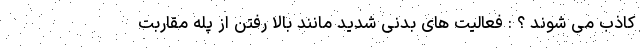
کاذب می شوند ؟ : فعالیت های بدنی شدید مانند بالا رفتن از پله مقاربت